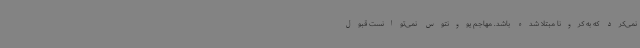
نمی‌کرد که به کرونا مبتلا شده باشد. مهاجم یوونتوس نمی‌توانست قبول